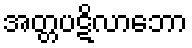
အတ္တပဋိလာဘော